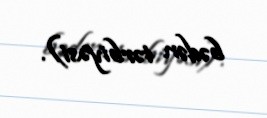
bədən tərbiyəsi).